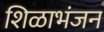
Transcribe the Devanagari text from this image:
शिळाभंजन